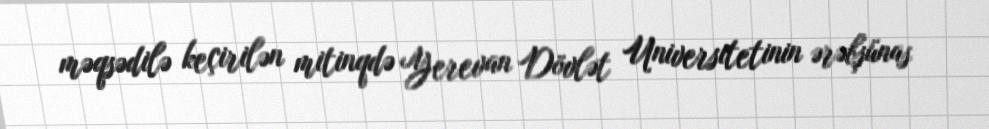
məqsədilə keçirilən mitinqdə Yerevan Dövlət Universitetinin ərəbşünas